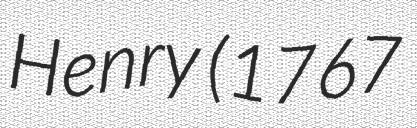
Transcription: Henry (1767